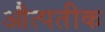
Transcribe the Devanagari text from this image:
औत्पतीक